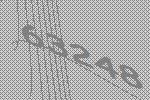
63248